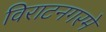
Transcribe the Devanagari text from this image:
विराटनगरमे